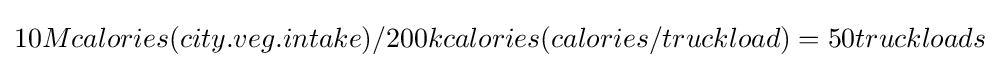
10Mcalories(city.veg.intake)/200kcalories(calories/truckload)=50truckloads